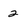
Character: 2